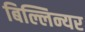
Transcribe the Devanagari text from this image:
बिल्लिन्यर